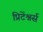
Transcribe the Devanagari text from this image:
प्रिटेंश्नर्स